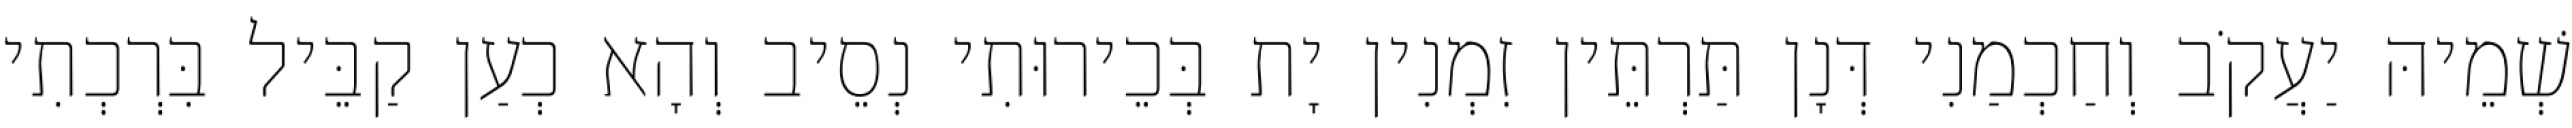
שְׁמֵיהּ יַעֲקֹב וְחַכְמַנִי דְּנָן תַּרְתֵּין זִמְנִין יָת בְּכֵירוּתִי נְסֵיב וְהָא כְעַן קַבֵּיל בִּרְכְתִי